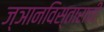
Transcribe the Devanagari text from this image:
ज्ञानविस्ताराची